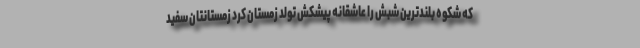
که شکوه بلندترین شبش را عاشقانه پیشکش تولد زمستان کرد زمستانتان سفید